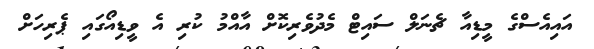
އައިއެސްގެ މީޑިއާ ޗެނަލް ސައިޓް މެދުވެރިކޮށް އާއްމު ކުރި އެ ވީޑިއޯގައި ޕެރިހަށް